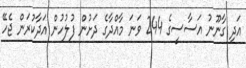
އަދި ގާނޫނު އަސާސީގެ 244 ވަނަ މާއްދާގެ ދަށުން ފުލުހުން އަދާކުރަން ޖެހޭ